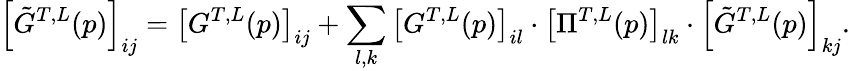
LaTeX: \left[\tilde{G}^{T,L}(p)\right]_{ij}=\left[G^{T,L}(p)\right]_{ij}+\sum_{l,k}\left[G^{T,L}(p)\right]_{il}\cdot\left[\Pi^{T,L}(p)\right]_{lk}\cdot\left[\tilde{G}^{T,L}(p)\right]_{kj}.